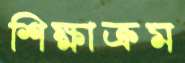
শিক্ষাক্রম